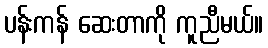
ပန်းကန် ဆေးတာကို ကူညီမယ်။